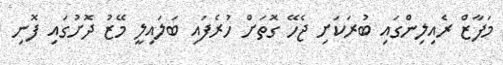
މަފާޒް ރެއިލިންގައި ބުރަކަށި ޖެހޭ ގޮތަށް ހުރެފައި ބަލައިލީ މޭޒު ދޮށުގައި ފޮނި